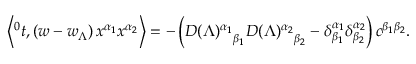
\left\langle { ^ 0 t } , \left( w - w _ { \Lambda } \right) x ^ { \alpha _ { 1 } } x ^ { \alpha _ { 2 } } \right\rangle = - \left( { D ( \Lambda ) ^ { \alpha _ { 1 } } } _ { \beta _ { 1 } } { D ( \Lambda ) ^ { \alpha _ { 2 } } } _ { \beta _ { 2 } } - \delta _ { \beta _ { 1 } } ^ { \alpha _ { 1 } } \delta _ { \beta _ { 2 } } ^ { \alpha _ { 2 } } \right) c ^ { \beta _ { 1 } \beta _ { 2 } } .